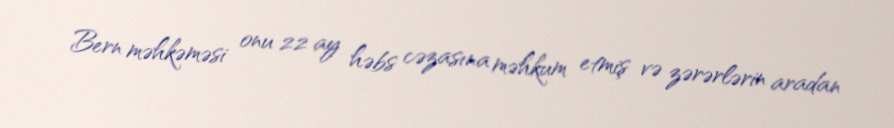
Bern məhkəməsi onu 22 ay həbs cəzasına məhkum etmiş və zərərlərin aradan